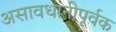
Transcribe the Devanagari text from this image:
असावधानीपूर्वक